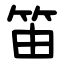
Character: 笛